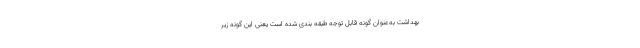
بهداشت به‌عنوان گونه قابل توجه طبقه بندی شده است یعنی این گونه زیر